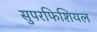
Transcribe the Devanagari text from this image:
सुपरफिशियल